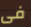
فى